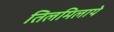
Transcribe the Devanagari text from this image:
तिलमिलाये